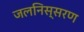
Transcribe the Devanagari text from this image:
जलनिस्सरण